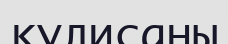
кулисаны